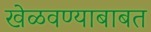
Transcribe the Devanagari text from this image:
खेळवण्याबाबत